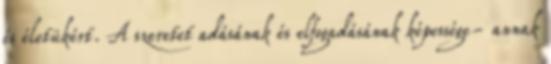
és életükért. A szeretet adásának és elfogadásának képessége- annak